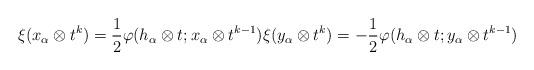
LaTeX: \begin{align*}\xi (x_\alpha \otimes t^k) = \frac 1 2 \varphi(h_\alpha \otimes t; x_\alpha \otimes t^{k-1}) \xi (y_\alpha \otimes t^k) = -\frac 1 2 \varphi(h_\alpha \otimes t; y_\alpha \otimes t^{k-1})\end{align*}